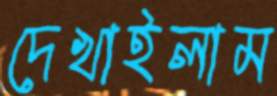
দেখাইলাম